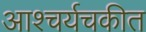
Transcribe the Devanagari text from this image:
आश्चर्यचकीत